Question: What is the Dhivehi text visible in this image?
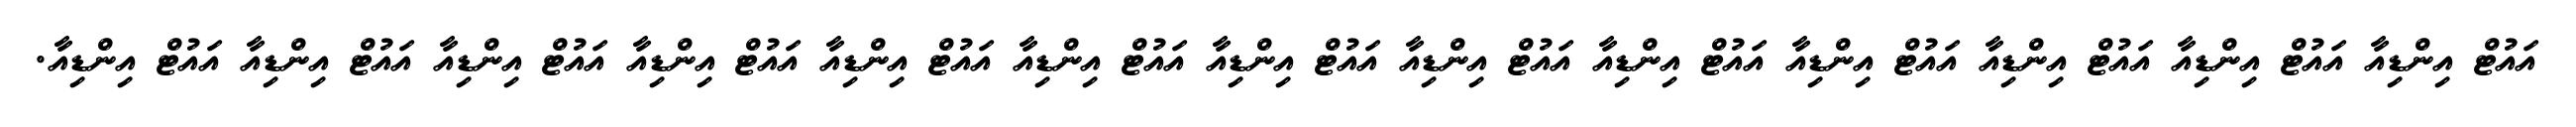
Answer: އައުޓް އިންޑިއާ އައުޓް އިންޑިއާ އައުޓް އިންޑިއާ އައުޓް އިންޑިއާ އައުޓް އިންޑިއާ އައުޓް އިންޑިއާ އައުޓް އިންޑިއާ އައުޓް އިންޑިއާ އައުޓް އިންޑިއާ އައުޓް އިންޑިއާ އައުޓް އިންޑިއާ އައުޓް އިންޑިއާ އައުޓް އިންޑިއާ.